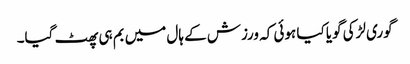
گوری لڑکی گویا کیا ہوئی کہ ورزش کے ہال میں بم ہی پھٹ گیا۔